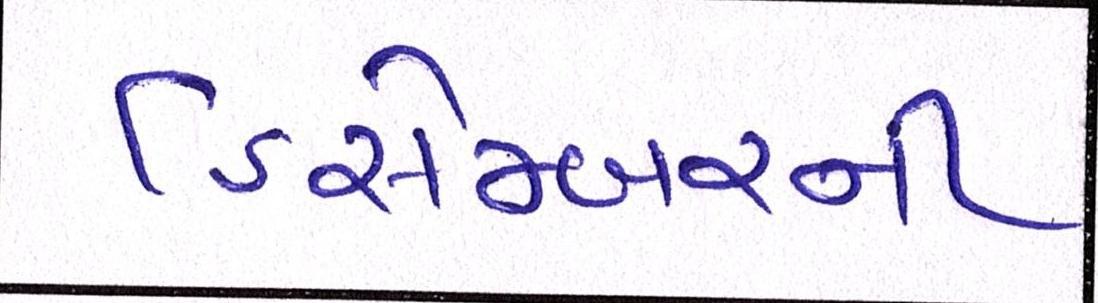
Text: ડિસેમ્બરની